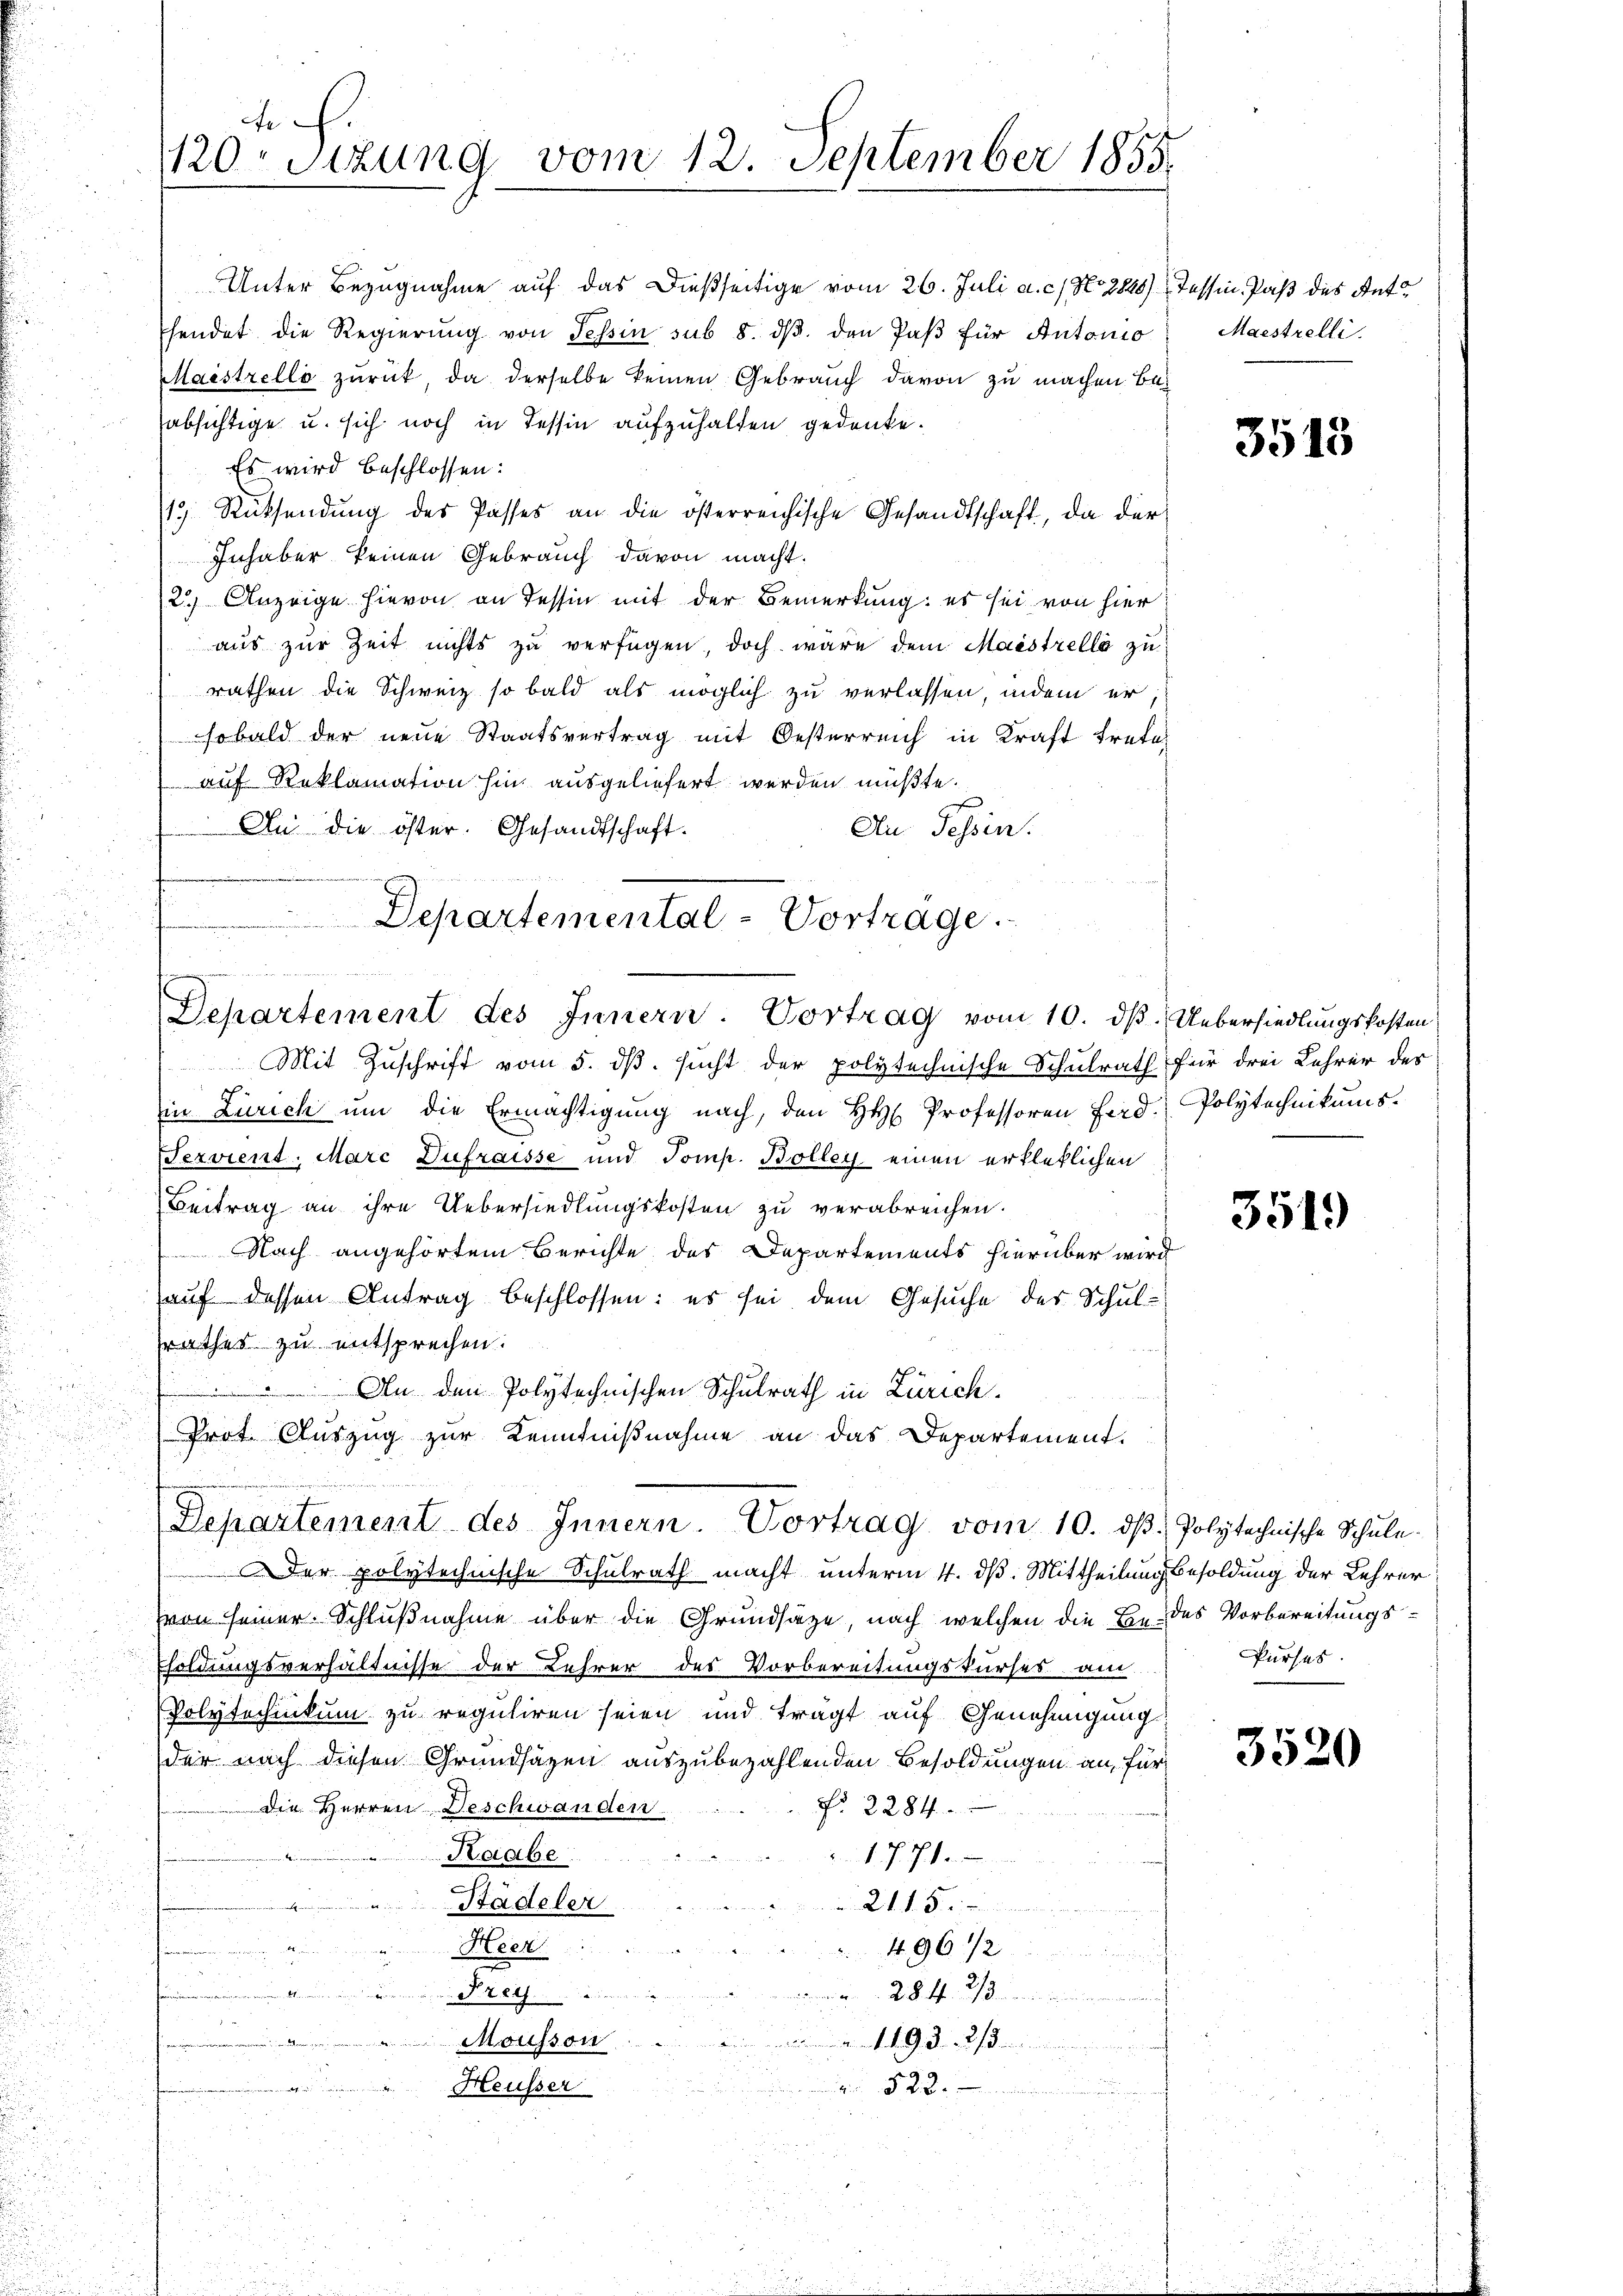
Unter Bezugnahme auf das dießseitige vom 26. Juli a. c. No. 2848) Tessin Paß des Anto
hendet die Regierŭng von Tessin sub 8. dβ. den Paβ für Antonio
Maistrello zurück, da derselbe keinen Gebrauch davon zu machen bei
absichtige u. sich noch in Tessin aufzuhalten gedanke.
Es wird beschlossen:
19 Rücksendung des Passes an die österreichische Gesandtschaft, da der
Inhaber keinen Gebrauch davon macht.
2.) Anzeige hievon an Tessin mit der Bemerkung: es sei von hier
aus zur Zeit nichts zu verfügen, doch wäre dem Maistrella zu
rathen die Schweiz so bald als möglich zu verlassen, indem er
sobald der neue Staatsvertrag mit Oesterreich in Kraft trete
auf Reklamation hin ausgeliefert werden müßte.
An die öster. Gesandtschaft.
An Tessin.
Departemental-Vorträge.

d.
1120. Sitzung vom 12. September 1855.

Departement des Innern. Vortrag vom 10. dß. Uebersiedlungskosten

Mit Zuschrift vom 5. dβ. sucht der polytechnische Schulrath für drei Lehrer des
in Zürich ŭm die Ermächtigŭng nach, den H Professoren Ferd. Polytechnikums.
Servient, Marc Dufraisse und Tomp. Bolley einen erkleklichen
Beitrag an ihre Uebersiedlungskosten zu verabreichen.
Nach angehörtem Berichte des Departements hierüber wird
auf dessen Antrag beschlossen: es sei dem Gesuche des Schulrathes zu entsprechen.
 An den Polytechnischen Schulrath in Zürich¬
Prot. Auszug zur Kenntnißnahme an das Departement.
der polytechnische Schulrath macht unterm 4. dß. Mittheilung Besoldung der Lehrer
von seiner Schlußnahme über die Grundsätze, nach welchen die Bau des Vorbereitungs¬
Esoldungsverhältnisse der Lehrer des Vorbereitungskurses am
Polytechnikum zu reguliren seien und tragt auf Genehmigung
der nach diesen Grundsätzen auszubezahlenden Besoldungen an, für
die Herren Deschwanden.
No. 2284.
Raabe
17. 71.
Städeler
21. 15.
Heer
4961/2
Frey.

1493. 223
Mousson
Heusser
523.

Departement des Innern Vortrag vom 10. dβ. Polytechnische Schŭle-

Maestrelli.

3513

3519

Purses.

3520